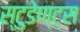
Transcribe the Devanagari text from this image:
स्टुडेण्ट्स